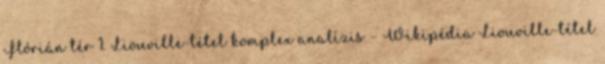
Flórián tér 1. Liouville-tétel komplex analízis – Wikipédia Liouville-tétel